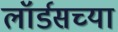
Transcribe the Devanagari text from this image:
लॉर्डसच्या